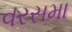
વરસમા